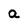
Character: a